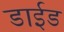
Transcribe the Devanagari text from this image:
डाईड